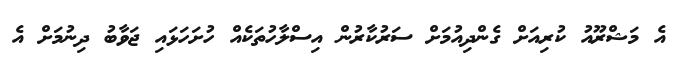
އެ މަޝްރޫއު ކުރިއަށް ގެންދިއުމަށް ސަރުކާރުން އިސްލާހުތަކެއް ހުށަހަޅައި ޖަވާބު ދިނުމަށް އެ